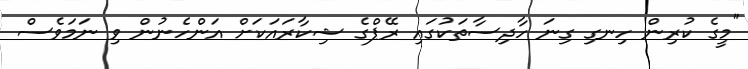
"މީގެ ކުރިން ހިނގި ގިނަ ހާދިސާތަކުގައި ރޭޕްގެ ޝިކާރައަކަށް އަންހެނުން ވި ނަމަވެސް